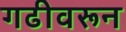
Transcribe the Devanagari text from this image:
गढीवरून